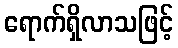
ရောက်ရှိလာသဖြင့်